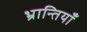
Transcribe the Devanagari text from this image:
भ्रान्तियाँ